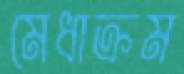
মেধাক্রম